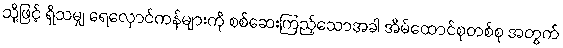
သို့ဖြင့် ရှိသမျှ ရေလှောင်ကန်များကို စစ်ဆေးကြည့်သောအခါ အိမ်ထောင်စုတစ်စု အတွက်